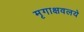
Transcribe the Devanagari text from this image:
मृगाक्षवलये